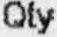
QTY